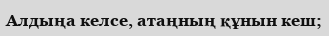
Алдыңа келсе, атаңның құнын кеш;